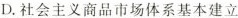
D.社会主义商品市场体系基本建立